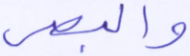
والبصر